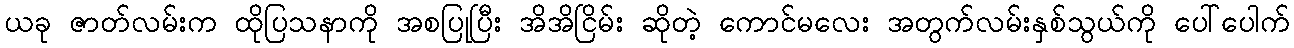
ယခု ဇာတ်လမ်းက ထိုပြသနာကို အစပြုပြီး အိအိငြိမ်း ဆိုတဲ့ ကောင်မလေး အတွက်လမ်းနှစ်သွယ်ကို ပေါ်ပေါက်